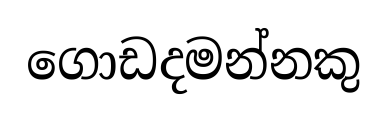
ගොඩදමන්නකු